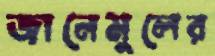
জানেমুলের